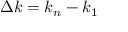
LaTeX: \Delta k = k _ { n } - k _ { 1 }